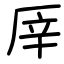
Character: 厗